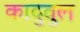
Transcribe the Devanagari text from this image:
कादुवुल